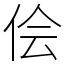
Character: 侩